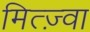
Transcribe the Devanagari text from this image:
मित्ज़्वा